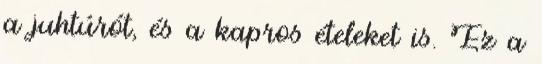
a juhtúrót, és a kapros ételeket is. Ez a